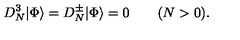
D _ { N } ^ { 3 } | \Phi \rangle = D _ { N } ^ { \pm } | \Phi \rangle = 0 \qquad ( N > 0 ) .